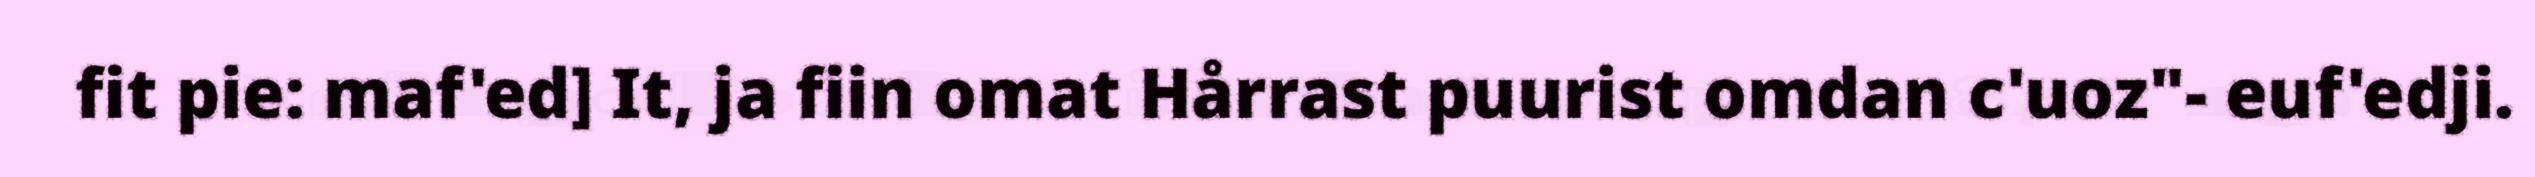
fit pie: maf'ed] It, ja fiin omat Hårrast puurist omdan c'uoz"- euf'edji.